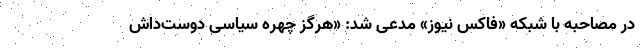
در مصاحبه با شبکه «فاکس نیوز» مدعی شد: «هرگز چهره‌ سیاسی دوست‌داش